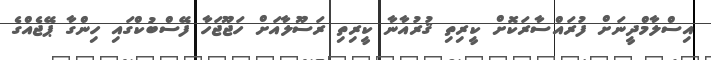
އިސްލާމްދީނަށް ފުރައްސާރަކޮށް ކީރިތި ޤުރުއާނާ ކީރިތި ރަސޫލާއަށް ހަޖޫޖަހާ ފޭސްބުކްގައި ހިންގާ ޕޭޖެއްގެ